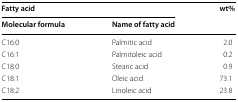
<table><thead><tr><td colspan="2"><b>Fatty acid</b></td><td rowspan="2"><b>wt%</b></td></tr><tr><td><b>Molecular formula</b></td><td><b>Name of fatty acid</b></td></tr></thead><tbody><tr><td>C16:0</td><td>Palmitic acid</td><td>2.0</td></tr><tr><td>C16:1</td><td>Palmitoleic acid</td><td>0.2</td></tr><tr><td>C18:0</td><td>Stearic acid</td><td>0.9</td></tr><tr><td>C18:1</td><td>Oleic acid</td><td>73.1</td></tr><tr><td>C18:2</td><td>Linoleic acid</td><td>23.8</td></tr></tbody></table>